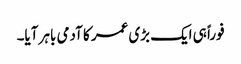
فوراً ہی ایک بڑی عمر کا آدمی باہر آیا۔